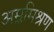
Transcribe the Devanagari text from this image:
अम्लमिश्रण